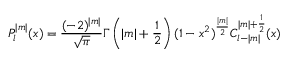
P _ { l } ^ { | m | } ( x ) = \frac { ( - 2 ) ^ { | m | } } { \sqrt { \pi } } \Gamma \left( | m | + \frac { 1 } { 2 } \right) ( 1 - x ^ { 2 } ) ^ { \frac { | m | } { 2 } } C _ { l - | m | } ^ { | m | + \frac { 1 } { 2 } } ( x )